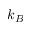
k _ { B }